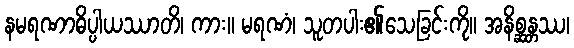
နမရဏာဓိပ္ပါယဿာတိ၊ ကား။ မရဏံ၊ သူတပါး၏သေခြင်းကို။ အနိစ္ဆန္တဿ၊